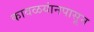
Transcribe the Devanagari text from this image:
कावळयांनपासून